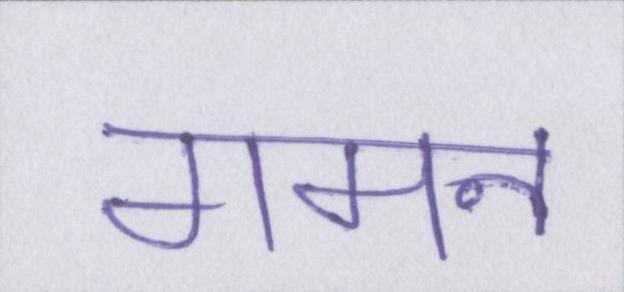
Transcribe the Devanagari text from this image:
गमन